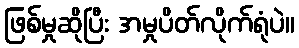
ဖြစ်မှုဆိုပြီး အမှုပိတ်လိုက်ရုံပဲ။